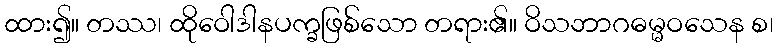
ထား၍။ တဿ၊ ထိုဝေါဒါနပက္ခဖြစ်သော တရား၏။ ဝိသဘာဂဓမ္မဝသေန စ၊